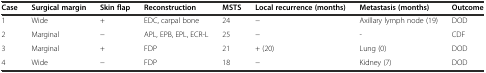
| Case | Surgical margin | Skin flap | Reconstruction | MSTS | Local recurrence (months) | Metastasis (months) | Outcome |
 | --- | --- | --- | --- | --- | --- | --- | --- |
 | 1 | Wide | + | EDC, carpal bone | 24 | − | Axillary lymph node (19) | DOD |
 | 2 | Marginal | − | APL, EPB, EPL, ECR-L | 25 | − | - | CDF |
 | 3 | Marginal | + | FDP | 21 | + (20) | Lung (0) | DOD |
 | 4 | Wide | − | FDP | 18 | − | Kidney (7) | DOD |